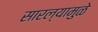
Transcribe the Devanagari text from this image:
सारल्यामुळे